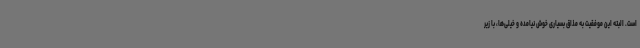
است. البته این موفقیت به مذاق بسیاری خوش نیامده و خیلی‌ها، با زیر